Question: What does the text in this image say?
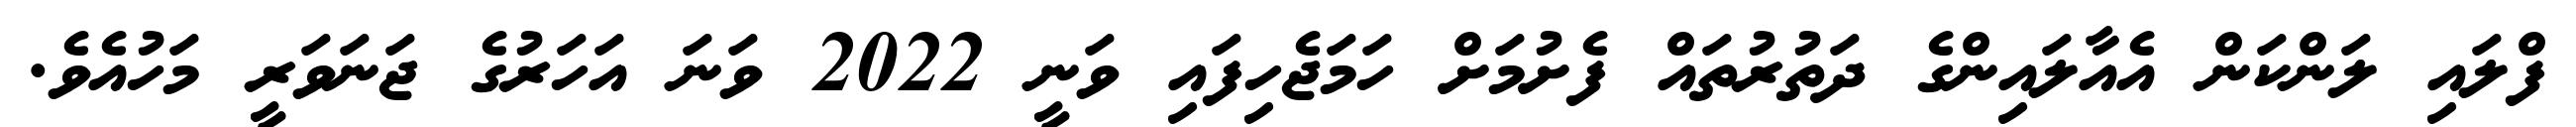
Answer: ފްލައި ލަންކަން އެއާލައިންގެ ދަތުރުތައް ފެށުމަށް ހަމަޖެހިފައި ވަނީ 2022 ވަނަ އަހަރުގެ ޖަނަވަރީ މަހުއެވެ.